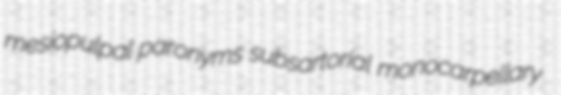
mesiopulpal paronyms subsartorial monocarpellary